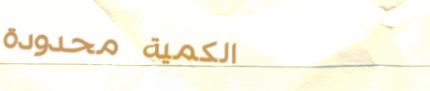
الكمية محدودة